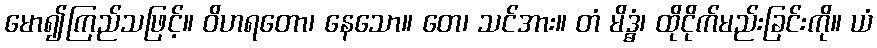
မော၍ကြည်သဖြင့်။ ဝိဟရတော၊ နေသော။ တေ၊ သင်အား။ တံ မိဒ္ဓံ၊ ထိုငိုက်မည်းခြင်းကို။ ယံ